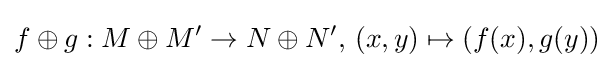
f\oplus g:M\oplus M'\to N\oplus N',\,(x,y)\mapsto (f(x),g(y))